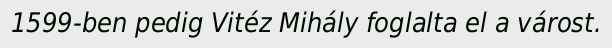
1599-ben pedig Vitéz Mihály foglalta el a várost.